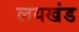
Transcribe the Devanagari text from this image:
लयखंड